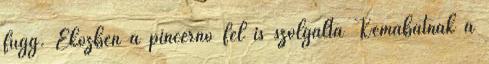
függ. Eközben a pincérnő fel is szolgálta Kemabatnak a